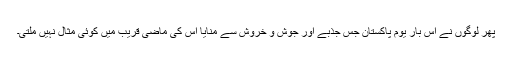
پھر لوگوں نے اس بار یومِ پاکستان جس جذبے اور جوش و خروش سے منایا اس کی ماضی قریب میں کوئی مثال نہیں ملتی۔